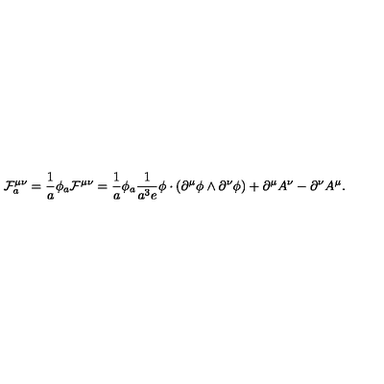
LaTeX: { \cal F } _ { a } ^ { \mu \nu } = \frac { 1 } { a } \phi _ { a } { \cal F } ^ { \mu \nu } = \frac { 1 } { a } \phi _ { a } \frac { 1 } { a ^ { 3 } e } \phi \cdot ( \partial ^ { \mu } \phi \wedge \partial ^ { \nu } \phi ) + \partial ^ { \mu } A ^ { \nu } - \partial ^ { \nu } A ^ { \mu } .